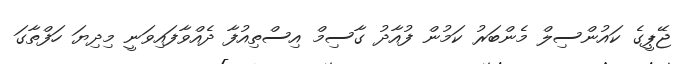
ޖޭޕީގެ ކައުންސިލް މެންބަރު ކަމުން ފުއާދު ގާސިމް އިސްތިއުފާ ދެއްވާފައިވަނީ މިދިޔަ ހަފްތާގަ